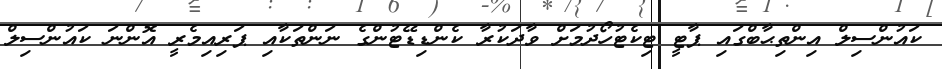
ކައުންސިލް އިންތިޙާބްގައި ޕާޓީ ޓިކެޓުހޯދުމަށް ވާދަކުރާ ކެންޑިޑޭޓުންގެ ނަންތަކާއި ޕަރިއިމެރީ އޮންނަ ކައުންސިލް